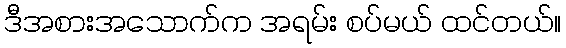
ဒီအစားအသောက်က အရမ်း စပ်မယ် ထင်တယ်။